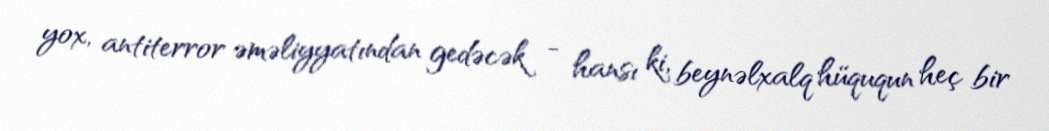
yox, antiterror əməliyyatından gedəcək - hansı ki, beynəlxalq hüququn heç bir